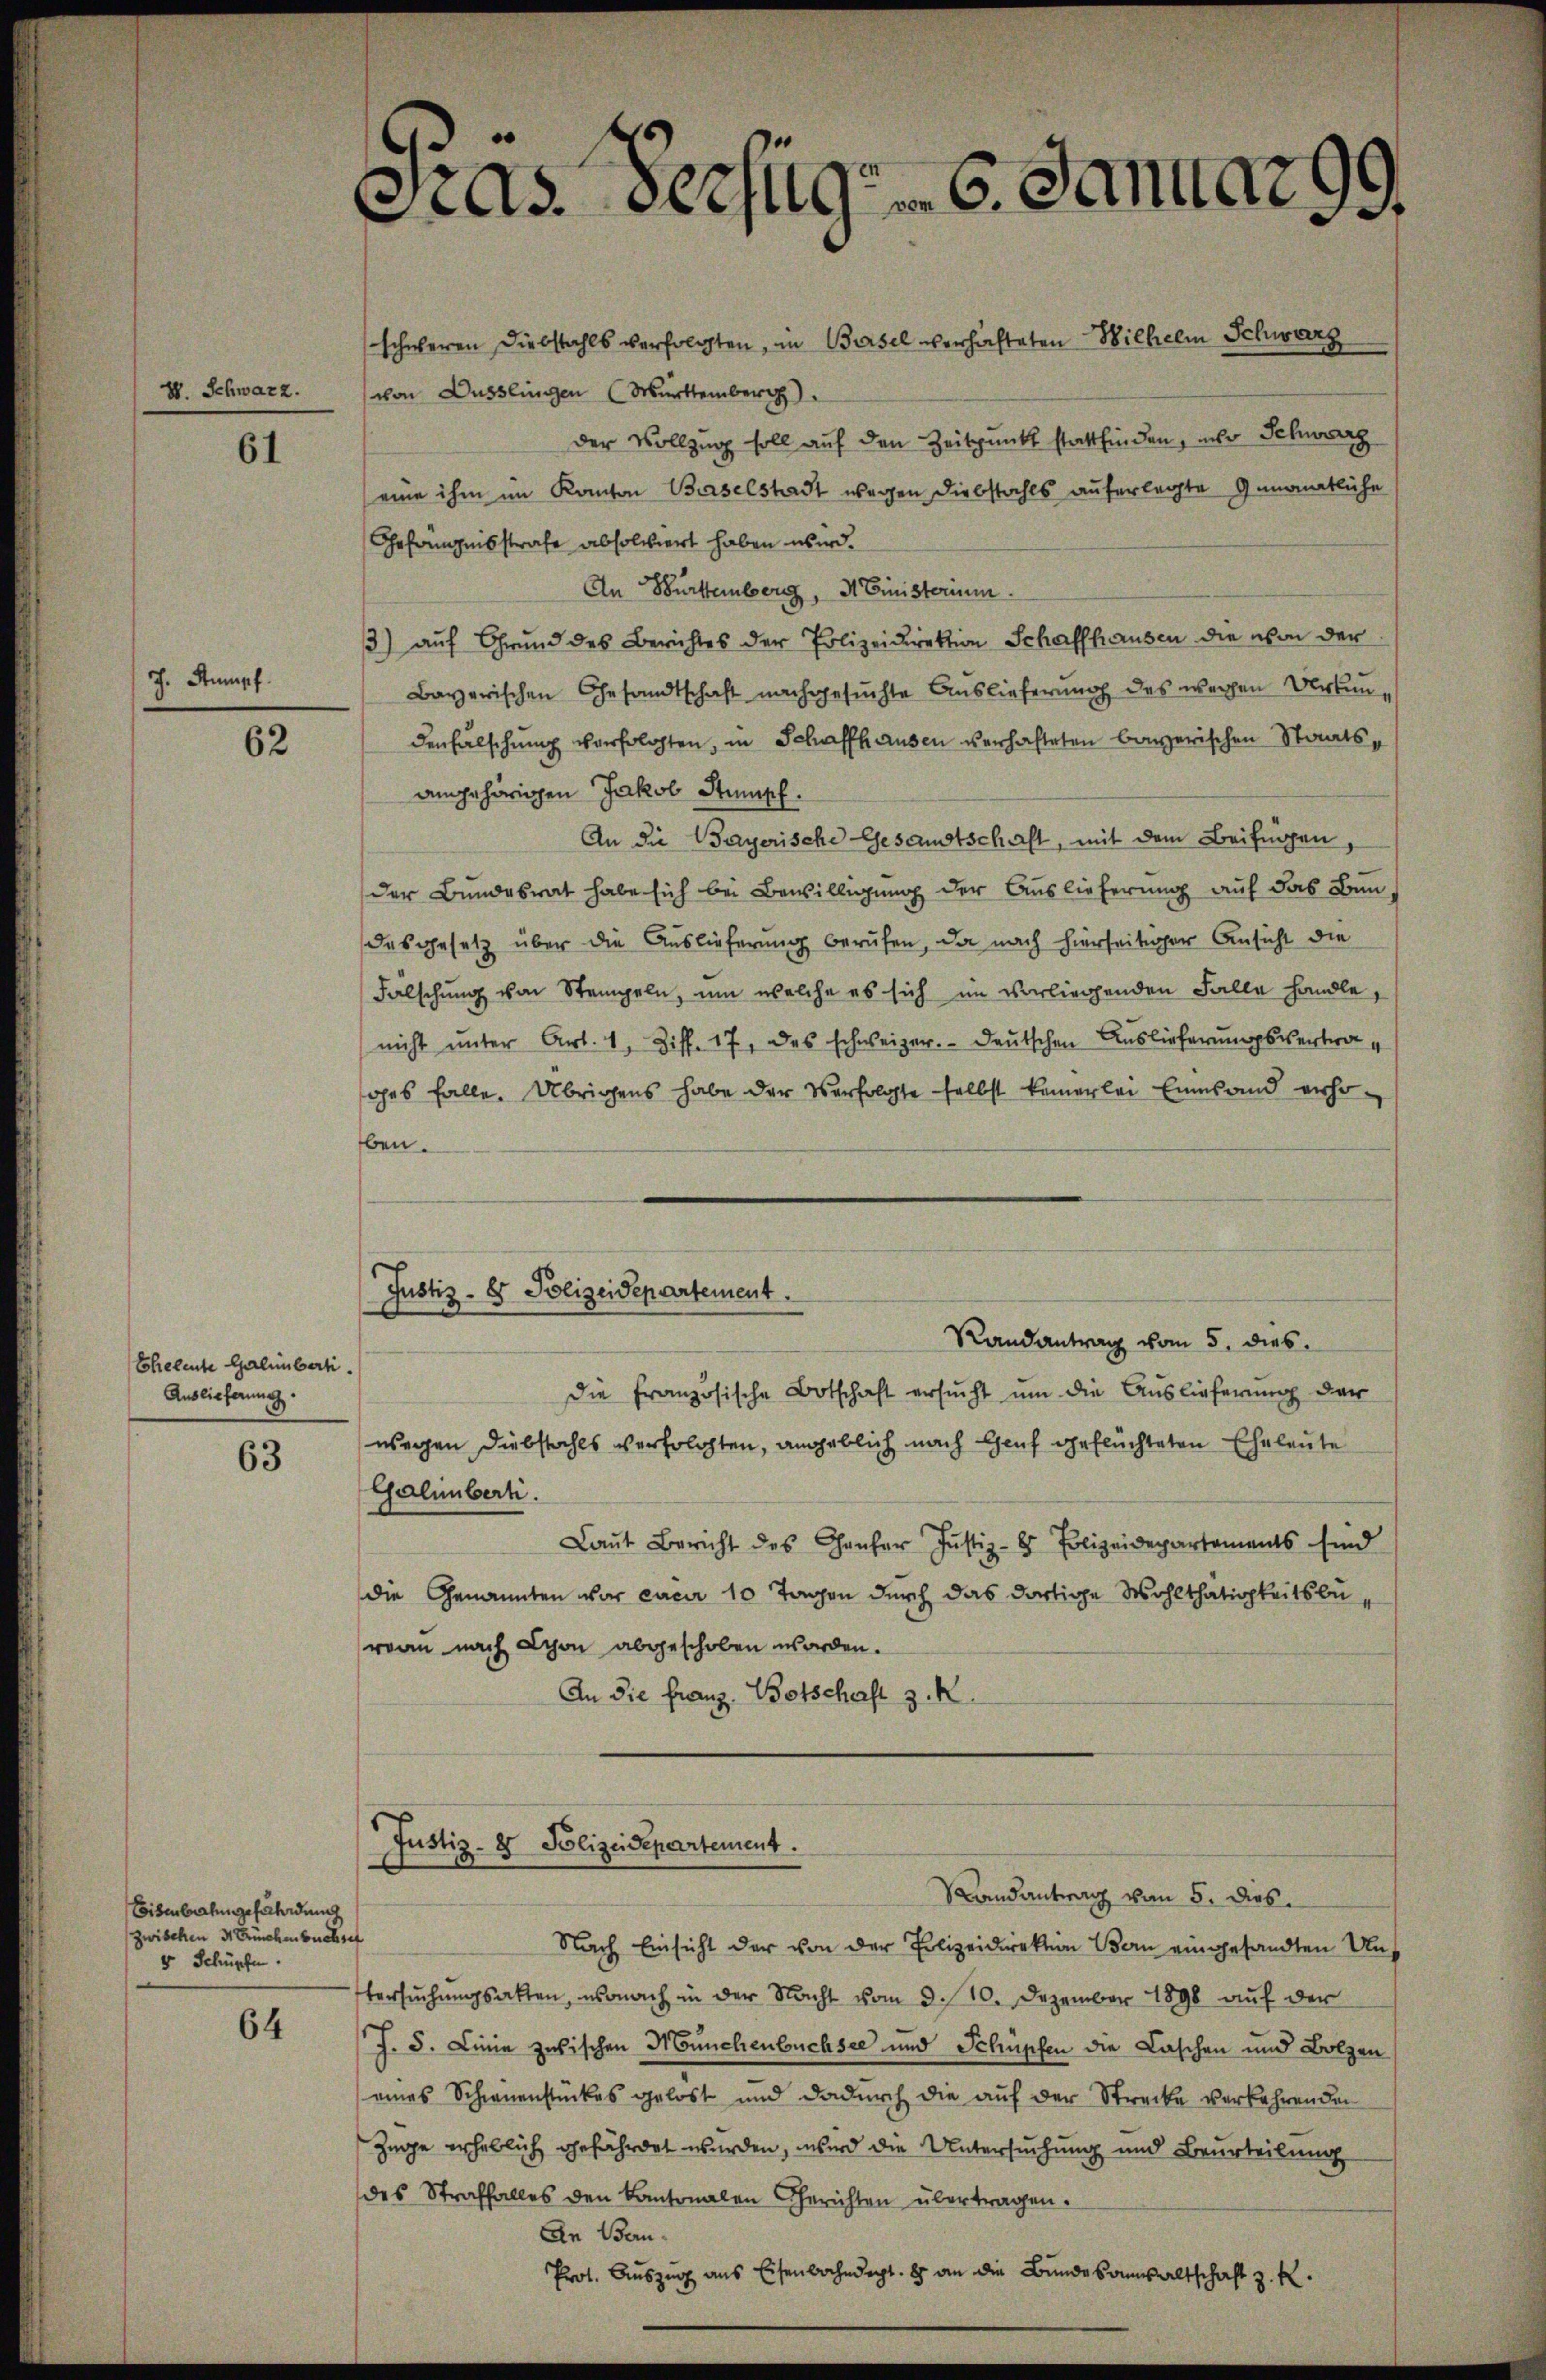
V. Schwarz.

61

J. Stumpf.

62

Eheleute Galibert.
Auslieferung

63

Eisenbahngefährdung
zwischen 3 Früchenbuchset
v Schüpfen.

64

Gras. Seefugt 6. Januar 99

schweren Diebstahls verfolgten, in Basel verhafteten Wilhelm Schwarz
von Dusslingen (Württemberg
der Vollzug soll auf den Zeitpunkt stattfinden, nur Schwarz
eine ihm im Kanton Baselstadt wegen Diebstahls auferlegte Genanntliche
Gefängnisstrafe absolviert haben wird.
An Burttemberg, H. Einisterium.
3) auf Grund des Berichtes der Polizeidirektion Schaffhausen die von der
Bayerischen Gesandtschaft nachgesuchte Auslieferung des wegen Urkundenfälschung verfolgten, in Schaffhausen verhafteten bayerischen Staatsangehörigen Jakob Stumpf.
An die Bayerische Gesandtschaft, mit dem Beifügen,
der Bundesrat habe sich bei Bewilligung der Auslieferung auf das Bun
desgesetz über die Auslieferung berufen, da nach hierseitiger Ansicht die
Fälschung von Stempeln, um welche es sich im vorliegenden Falle handle,
nicht ŭnter Art. 1, Ziff. 17, des schweizer. Deutschen Auslieferungsvertrages falle. Übrigens habe der Verfolgte selbst kamerlei Eines and verho-
ben.
Justiz - 8 Polizeidepartement.
Randantrag vom 5. dies
die französische Botschaft ersucht um die Auslieferung der
wegen Diebstahls verfolgten, angeblich nach Genf geflüchteten Eheleute
Galinbert.
Laŭt Bericht des Haŭser Justiz- & Polizeidepartements sind
die Genannten vor circa 10 Tagen durch das dortige Wohlthätigkeitsberoan nach Schon abgeschoben worden.
An die Franz Botschaft z. R.

Justiz- & Polizeidepartement.
Raandantrag von 5. dies

Nach Einsicht der von der Polizeidirektion Bern eingesandten Untersŭchŭngsakten, wonach in der Nacht vom 3. 10. Dezember 1890 aŭf der
J. 5. Linie zwischen Münchenbüchsee und Schüpfen die Laschen und Bolzen
eines Schwuenstückes gelost und dadurch die aŭf der Strecke verkehrenden
Züge erheblich gefährdet wurden, wird die Untersuchung und Beurteilung
des Straffalles den Kantonalen Gerichten übertragen.
An Bau¬
Prot. Auszug aus Eisenbahndirt. 8 an die Bunde sansaltschaft z. R.